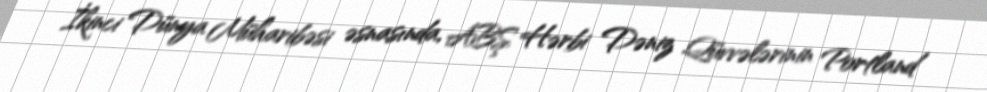
İkinci Dünya Müharibəsi əsnasında, ABŞ Hərbi Dəniz Qüvvələrinin Portland